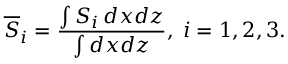
\overline { { S } } _ { i } = \frac { \int S _ { i } \, d x d z } { \int { d x d z } } , \; i = 1 , 2 , 3 .